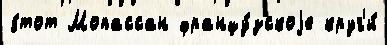
э́тот Мопассан францу́зскоjе круг'и́